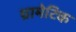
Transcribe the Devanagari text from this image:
ग्रामेटिक